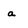
Character: a